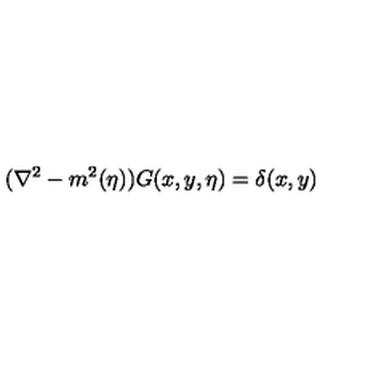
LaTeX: ( { \nabla } ^ { 2 } - m ^ { 2 } ( \eta ) ) G ( x , y , \eta ) = \delta ( x , y )